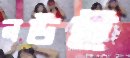
নউই